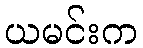
ယမင်းက